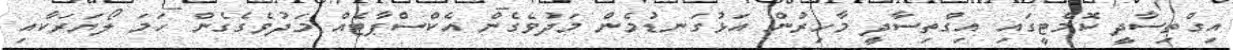
އިގްތިސާދީ ކޮމެޓީގައި އިގްތިސާދީ މާހިރުން އަޅުގަނޑުމެން މަދުވެގެން އެކްސްޕާޓެއް މަދުވެގެގެން ހަމަ ލޯޔަރަކާއި